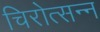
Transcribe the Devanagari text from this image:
चिरोत्सन्न